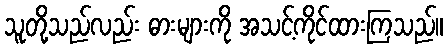
သူတို့သည်လည်း ဓားများကို အသင့်ကိုင်ထားကြသည်။